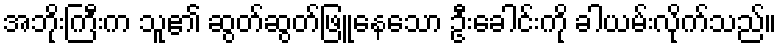
အဘိုးကြီးက သူ၏ ဆွတ်ဆွတ်ဖြူနေသော ဦးခေါင်းကို ခါယမ်းလိုက်သည်။